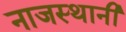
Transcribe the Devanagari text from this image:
नाजस्थानी